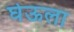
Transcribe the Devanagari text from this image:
घेऊला